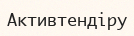
Активтендіру